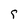
Character: 5